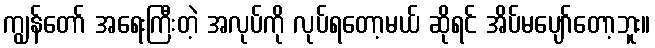
ကျွန်တော် အရေးကြီးတဲ့ အလုပ်ကို လုပ်ရတော့မယ် ဆိုရင် အိပ်မပျော်တော့ဘူး။